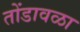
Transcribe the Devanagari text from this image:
तोंडावळा